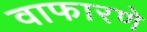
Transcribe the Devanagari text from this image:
वाफारणे